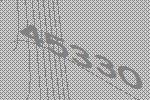
45330